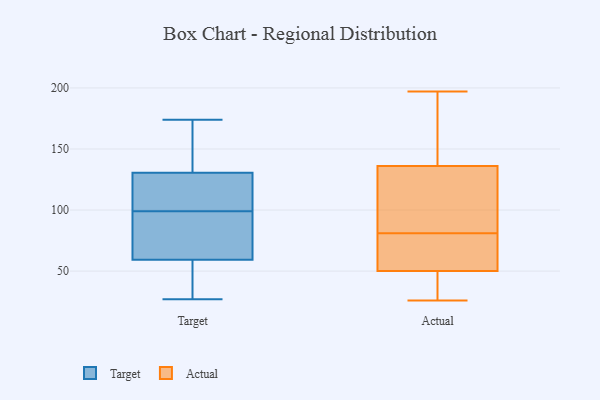
{"axis": {"x": "Demand Index", "y": "Value"}, "legend": ["Actual", "Target"], "data": [{"x": "", "y": 49, "type": "Target"}, {"x": "", "y": 104, "type": "Target"}, {"x": "", "y": 158, "type": "Target"}, {"x": "", "y": 158, "type": "Target"}, {"x": "", "y": 27, "type": "Target"}, {"x": "", "y": 121, "type": "Target"}, {"x": "", "y": 61, "type": "Target"}, {"x": "", "y": 54, "type": "Target"}, {"x": "", "y": 174, "type": "Target"}, {"x": "", "y": 99, "type": "Target"}, {"x": "", "y": 36, "type": "Target"}, {"x": "", "y": 129, "type": "Target"}, {"x": "", "y": 135, "type": "Target"}, {"x": "", "y": 120, "type": "Target"}, {"x": "", "y": 99, "type": "Target"}, {"x": "", "y": 64, "type": "Target"}, {"x": "", "y": 63, "type": "Target"}, {"x": "", "y": 86, "type": "Actual"}, {"x": "", "y": 41, "type": "Actual"}, {"x": "", "y": 93, "type": "Actual"}, {"x": "", "y": 74, "type": "Actual"}, {"x": "", "y": 35, "type": "Actual"}, {"x": "", "y": 137, "type": "Actual"}, {"x": "", "y": 90, "type": "Actual"}, {"x": "", "y": 102, "type": "Actual"}, {"x": "", "y": 26, "type": "Actual"}, {"x": "", "y": 49, "type": "Actual"}, {"x": "", "y": 51, "type": "Actual"}, {"x": "", "y": 57, "type": "Actual"}, {"x": "", "y": 135, "type": "Actual"}, {"x": "", "y": 38, "type": "Actual"}, {"x": "", "y": 189, "type": "Actual"}, {"x": "", "y": 197, "type": "Actual"}, {"x": "", "y": 143, "type": "Actual"}, {"x": "", "y": 76, "type": "Actual"}, {"x": "", "y": 152, "type": "Actual"}, {"x": "", "y": 66, "type": "Actual"}]}